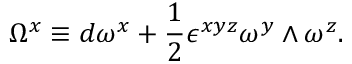
\Omega ^ { x } \equiv d \omega ^ { x } + { \frac { 1 } { 2 } } \epsilon ^ { x y z } \omega ^ { y } \wedge \omega ^ { z } .